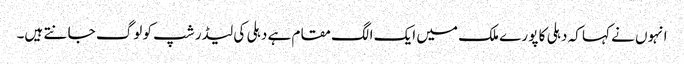
انہوں نے کہا کہ دہلی کا پو رے ملک میں ایک الگ مقام ہے دہلی کی لیڈر شپ کو لوگ جا نتے ہیں۔